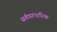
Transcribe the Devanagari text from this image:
सर्वपारंपारिक